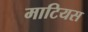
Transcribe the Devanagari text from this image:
माटियस